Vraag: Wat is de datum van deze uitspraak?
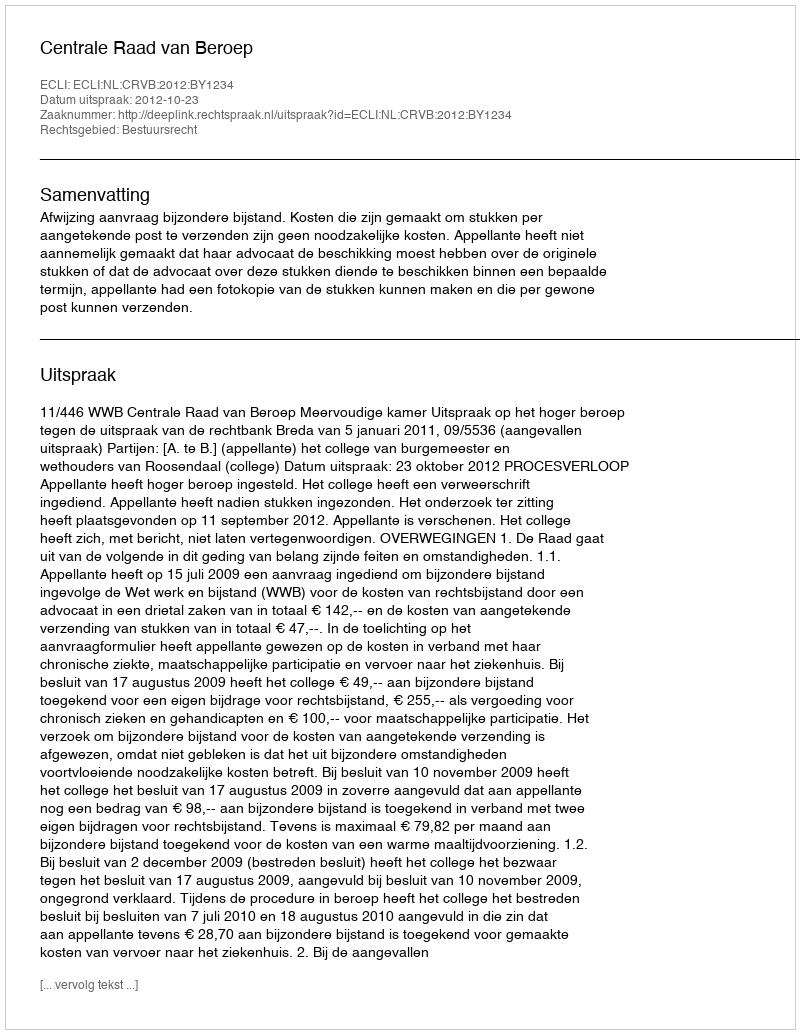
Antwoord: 2012-10-23